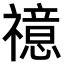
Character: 𥜇